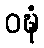
ဝဍ္ဎံ